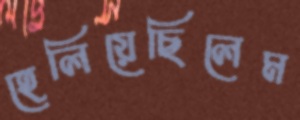
হেলিয়েছিলেম